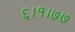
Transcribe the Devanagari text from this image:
६।१।७७